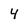
Character: 4